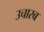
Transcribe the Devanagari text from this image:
उचारब